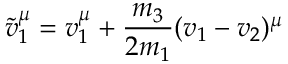
\tilde { v } _ { 1 } ^ { \mu } = v _ { 1 } ^ { \mu } + \frac { m _ { 3 } } { 2 m _ { 1 } } ( v _ { 1 } - v _ { 2 } ) ^ { \mu }